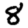
Digit: 8